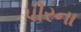
પીરના